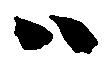
ハ